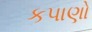
કપાણો